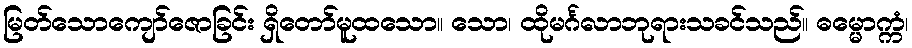
မြတ်သောကျော်ဇောခြင်း ရှိတော်မူထသော။ သော၊ ထိုမင်္ဂလာဘုရားသခင်သည်။ ဓမ္မောက္ကံ၊